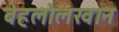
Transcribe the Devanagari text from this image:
बेहलोलखान